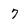
Character: 7